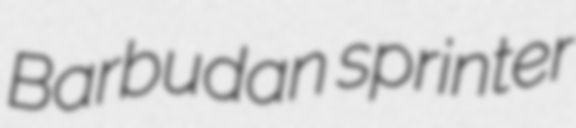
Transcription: Barbudan sprinter